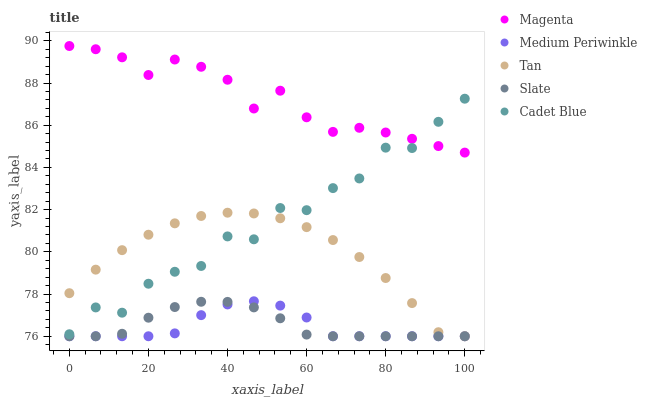
| xaxis_label | Magenta | Medium Periwinkle | Tan | Slate | Cadet Blue |
 | --- | --- | --- | --- | --- | --- |
 | 0 | 89.8 | 76 | 78 | 76 | 76.1 |
 | 6.67 | 89.6 | 76 | 79.2 | 76 | 77.4 |
 | 13.3 | 89.2 | 76 | 80.1 | 76.1 | 77.1 |
 | 20 | 88.4 | 76 | 80.8 | 76.9 | 78.5 |
 | 26.7 | 89.1 | 76.1 | 81.4 | 77.4 | 79.1 |
 | 33.3 | 88.8 | 77 | 81.7 | 77.6 | 79.3 |
 | 40 | 88.2 | 77.5 | 81.9 | 77.6 | 80.7 |
 | 46.7 | 86.8 | 77.7 | 81.8 | 77.4 | 80.6 |
 | 53.3 | 87.6 | 77.5 | 81.6 | 76.9 | 82.1 |
 | 60 | 86.4 | 76.9 | 81.2 | 76.1 | 82 |
 | 66.7 | 85.7 | 76 | 80.6 | 76 | 83 |
 | 73.3 | 85.9 | 76 | 79.8 | 76 | 83.5 |
 | 80 | 85.7 | 76 | 78.8 | 76 | 84.9 |
 | 86.7 | 85.4 | 76 | 77.6 | 76 | 84.9 |
 | 93.3 | 85 | 76 | 76.2 | 76 | 86.2 |
 | 100 | 84.7 | 76 | 76 | 76 | 87.3 |